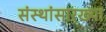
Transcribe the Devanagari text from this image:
संस्थांसारख्या